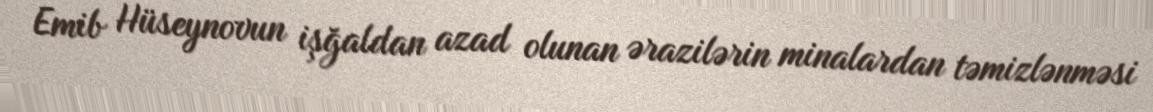
Emib Hüseynovun işğaldan azad olunan ərazilərin minalardan təmizlənməsi